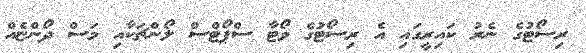
ރިސޯޓުގެ ނެރު ކައިރީގައި އެ ރިސޯޓުގެ ވޯޓާ ސްޕޯޓްސް ލޯންޗަކާއި މަސް ދޯންޏެއް